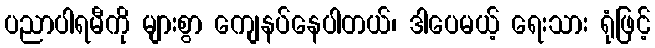
ပညာပါရမီကို များစွာ ကျေနပ်နေပါတယ်၊ ဒါပေမယ့် ရေးသား ရုံဖြင့်